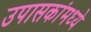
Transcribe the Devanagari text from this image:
उपासकांमध्ये